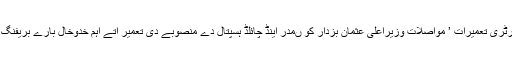
سیکرٹری تعمیرات ’ مواصلات وزیراعلیٰ عثمان بزدار کو ںمدر اینڈ چائلڈ ہسپتال دے منصوبے دی تعمیر اتے اہم خدوخال بارے بریفنگ ڈتی۔